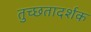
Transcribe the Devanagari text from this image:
तुच्छतादर्शक